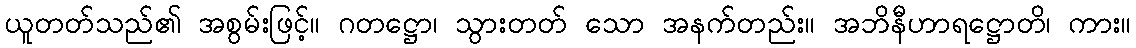
ယူတတ်သည်၏ အစွမ်းဖြင့်။ ဂတဋ္ဌော၊ သွားတတ် သော အနက်တည်း။ အဘိနီဟာရဋ္ဌောတိ၊ ကား။